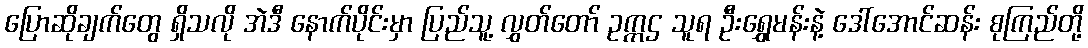
ပြောဆိုချက်တွေ ရှိသလို အဲဒီ နောက်ပိုင်းမှာ ပြည်သူ့ လွှတ်တော် ဥက္ကဌ သူရ ဦးရွှေမန်းနဲ့ ဒေါ်အောင်ဆန်း စုကြည်တို့